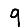
Digit: 9